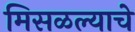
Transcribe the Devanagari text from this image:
मिसळल्याचे